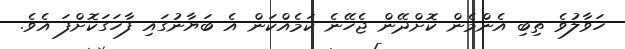
ހަވާލުވެ ތިބި އެންމެން ކޮށްދޭން ޖެހޭނެ ކަމެއްކަން އެ ބަޔާނުގައި ފާހަގަކޮށްފަ އެވެ.